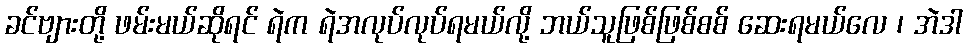
ခင်ဗျားတို့ ဖမ်းမယ်ဆိုရင် ရဲက ရဲအလုပ်လုပ်ရမယ်လို့ ဘယ်သူဖြစ်ဖြစ်စစ် ဆေးရမယ်လေ ၊ အဲဒါ